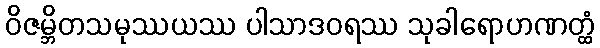
ဝိဇမ္ဘိတသမုဿယဿ ပါသာဒဝရဿ သုခါရောဟဏတ္ထံ